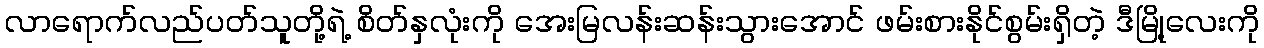
လာရောက်လည်ပတ်သူတို့ရဲ့ စိတ်နှလုံးကို အေးမြလန်းဆန်းသွားအောင် ဖမ်းစားနိုင်စွမ်းရှိတဲ့ ဒီမြို့လေးကို